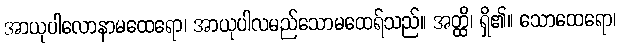
အာယုပါလောနာမထေရော၊ အာယုပါလမည်သောမထေရ်သည်။ အတ္ထိ၊ ရှိ၏။ သောထေရော၊